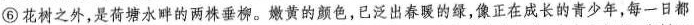
⑥ 花树之外，是荷塘水畔的两株垂柳。嫩黄的颜色，已泛出春暖的绿，像正在成长的青少年，每一日都